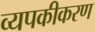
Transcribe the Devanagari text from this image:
व्यपकीकरण